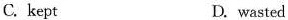
C. kept D. wasted